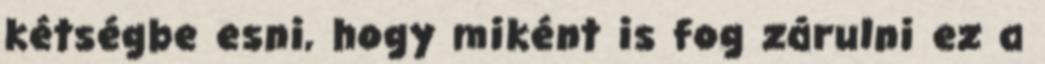
kétségbe esni, hogy miként is fog zárulni ez a